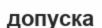
допуска